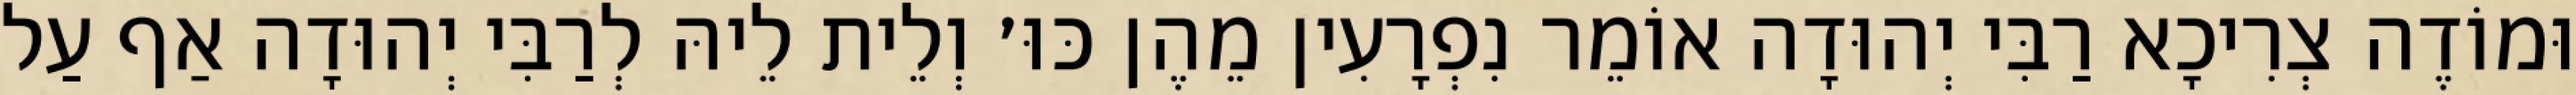
וּמוֹדֶה צְרִיכָא רַבִּי יְהוּדָה אוֹמֵר נִפְרָעִין מֵהֶן כּוּ׳ וְלֵית לֵיהּ לְרַבִּי יְהוּדָה אַף עַל